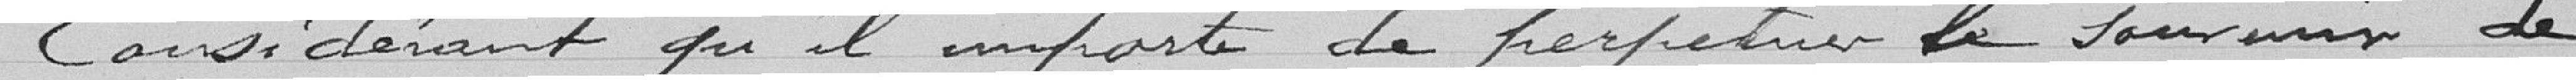
Considérant qu'il importe de perpétuer le souvenir de